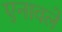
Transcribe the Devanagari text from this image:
एनावले